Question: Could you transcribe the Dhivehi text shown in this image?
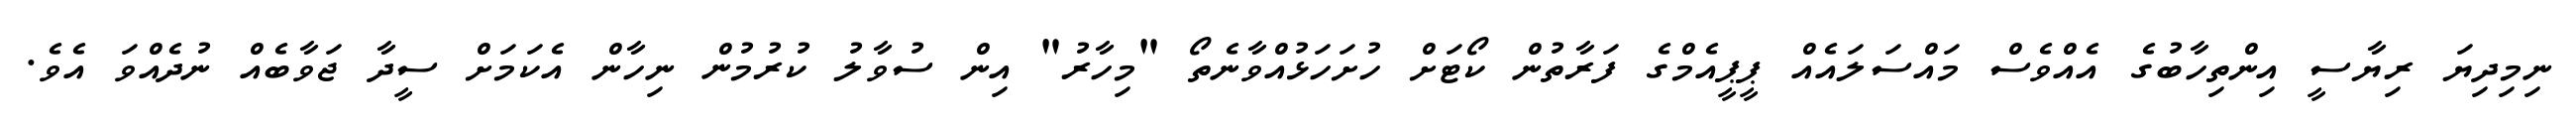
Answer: ނިމިދިޔަ ރިޔާސީ އިންތިހާބުގެ އެއްވެސް މައްސަލައެއް ޕީޕީއެމްގެ ފަރާތުން ކޯޓަށް ހުށަހަޅުއްވާނެތޯ "މިހާރު" އިން ސުވާލު ކުރުމުން ނިހާން އެކަމަށް ސީދާ ޖަވާބެއް ނުދެއްވަ އެވެ.